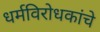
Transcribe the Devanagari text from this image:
धर्मविरोधकांचे